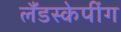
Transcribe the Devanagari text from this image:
लँडस्केपींग